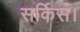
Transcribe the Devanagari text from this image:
सर्किस।